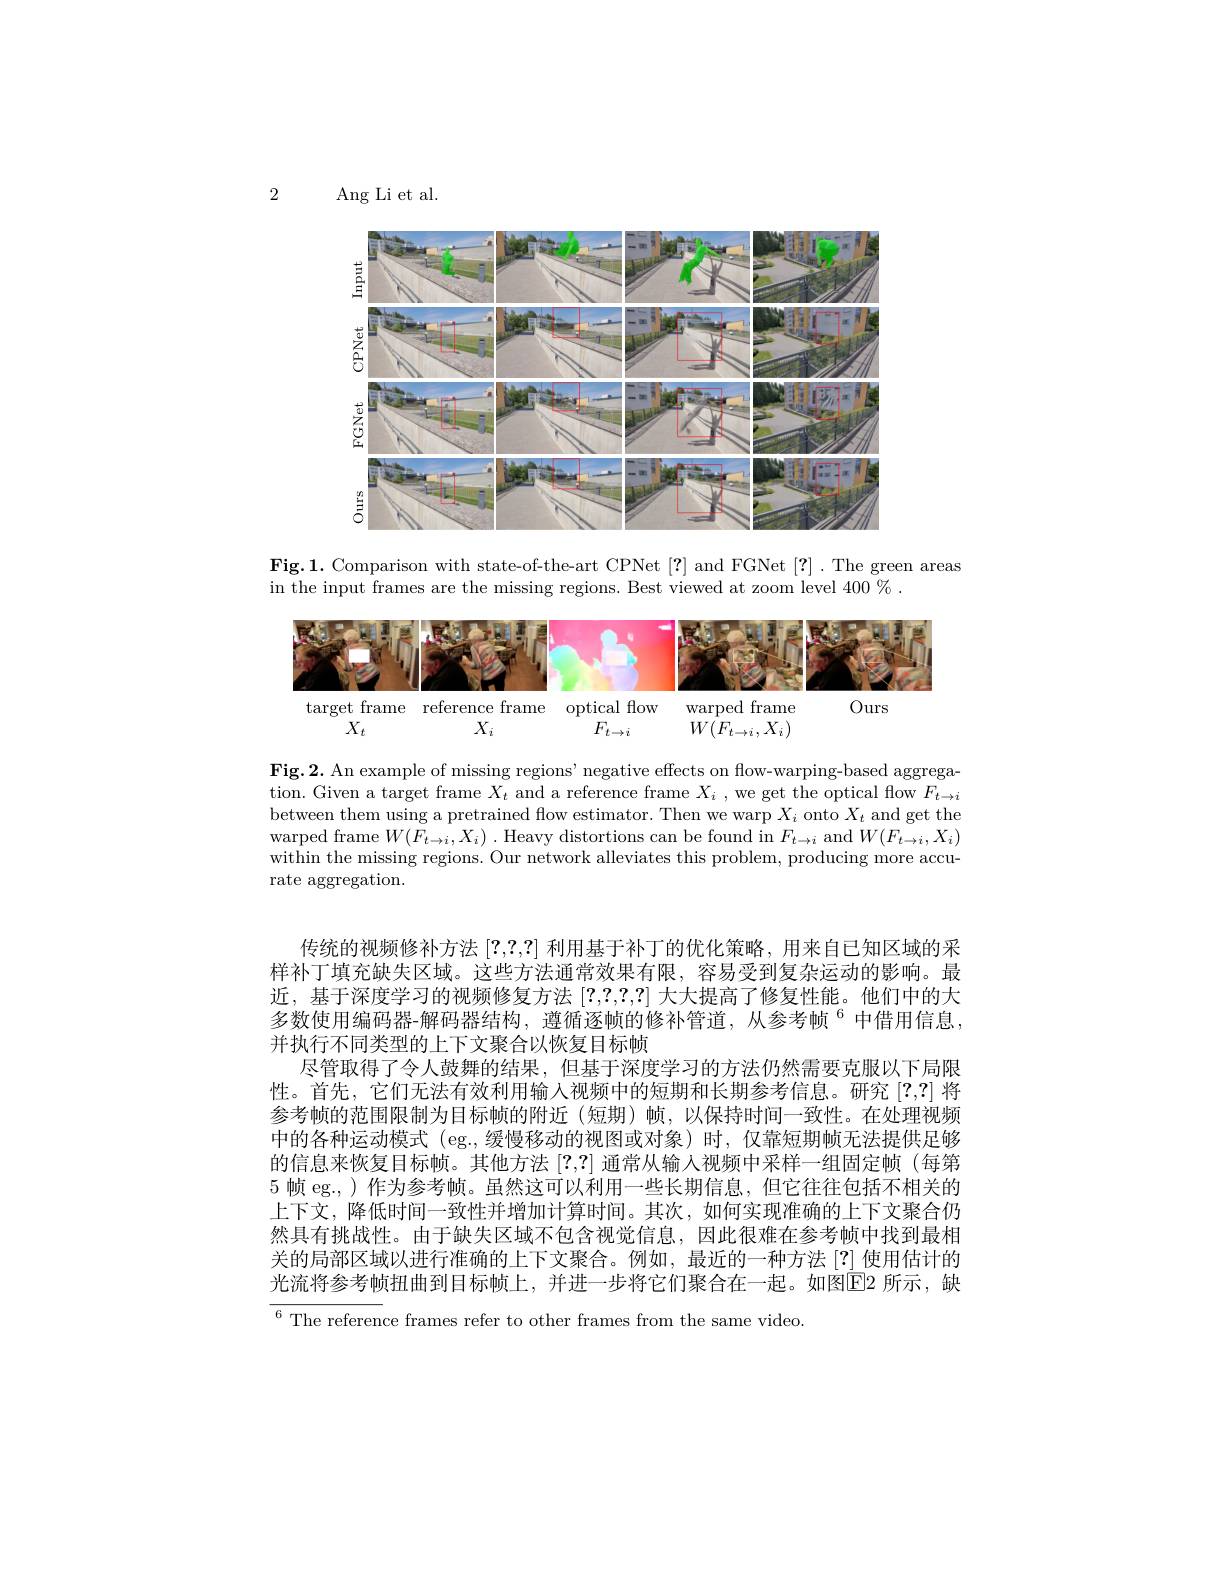
2

$\operatorname{Ang}$Li et al.

<FigureHere>

$\mathbf{Fig.1.~Comparison~with~state-of-the-art~CPNet~[?]~and~FGNet~[?]~.~The~green~areas}$
in the input frames are the missing regions. Best viewed at zoom level 400%.

<FigureHere>

Fig.2. An example of missing regions' negative effects on flow-warping-based aggregation. Given a target frame $X_t$ and a reference frame $X_i$ , we get the optical flow $F_t\to i$ between them using a pretrained flow estimator. Then we warp $X_i$ onto $X_t$ and get the warped frame $W(F_{t\to i},X_{i})$ .Heavy distortions can be found in $F_t\to i$ and $W(F_{t\to i},X_{i})$ within the missing regions. Our network alleviates this problem, producing more accurate aggregation.

传统的视频修补方法[?,?,?]利用基于补丁的优化策略，用来自已知区域的采样补丁填充缺失区域。这些方法通常效果有限，容易受到复杂运动的影响。最近，基于深度学习的视频修复方法[?,?,?,?]大大提高了修复性能。他们中的大多数使用编码器-解码器结构，遵循逐帧的修补管道，从参考帧$^{6}$中借用信息， 并执行不同类型的上下文聚合以恢复目标帧
尽管取得了令人鼓舞的结果，但基于深度学习的方法仍然需要克服以下局限性。首先，它们无法有效利用输入视频中的短期和长期参考信息。研究[?,?]将参考帧的范围限制为目标帧的附近(短期)帧，以保持时间一致性。在处理视频中的各种运动模式(eg.,缓慢移动的视图或对象)时，仅靠短期帧无法提供足够的信息来恢复目标帧。其他方法[?,?]通常从输入视频中采样一组固定帧(每第5 帧 eg.,)作为参考帧。虽然这可以利用一些长期信息，但它往往包括不相关的上下文，降低时间一致性并增加计算时间。其次，如何实现准确的上下文聚合仍然具有挑战性。由于缺失区域不包含视觉信息，因此很难在参考帧中找到最相关的局部区域以进行准确的上下文聚合。例如，最近的一种方法 [?]使用估计的光流将参考帧扭曲到目标帧上，并进一步将它们聚合在一起。如图$\boxed{\mathrm{E}}2$ 所示，缺${^{6}\text{The reference frames refer to other frames from the same video.}}$